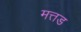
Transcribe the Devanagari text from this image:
मत्तड